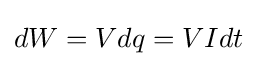
dW=Vdq=VIdt